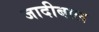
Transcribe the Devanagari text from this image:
जादीबाल